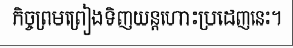
កិច្ចព្រមព្រៀងទិញយន្តហោះប្រដេញនេះ។